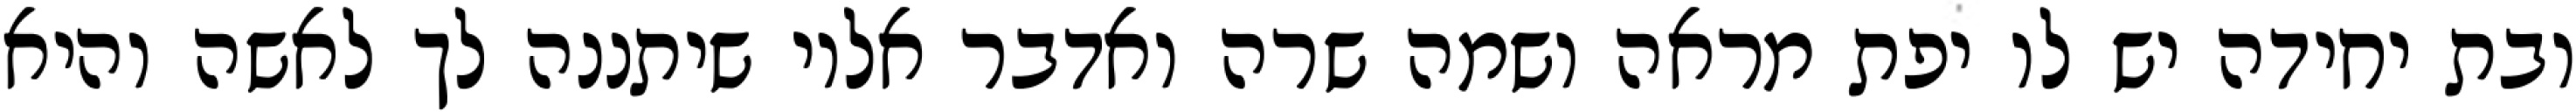
ובת יחידה יש לו יפת מראה ושמה שרה ואדבר אליו שיתננה לך לאשה והיא